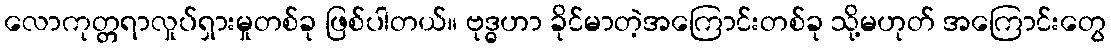
လောကုတ္တရာလှုပ်ရှားမှုတစ်ခု ဖြစ်ပါတယ်။ ဗုဒ္ဓဟာ ခိုင်မာတဲ့အကြောင်းတစ်ခု သို့မဟုတ် အကြောင်းတွေ